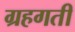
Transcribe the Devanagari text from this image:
ग्रहगती